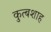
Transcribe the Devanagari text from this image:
कुत्बशाह